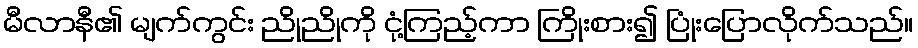
မီလာနီ၏ မျက်ကွင်း ညိုညိုကို ငုံ့ကြည့်ကာ ကြိုးစား၍ ပြုံးပြောလိုက်သည်။